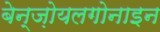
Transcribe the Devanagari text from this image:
बेन्ज़ोयलगोनाइन